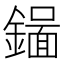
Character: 𬬉